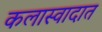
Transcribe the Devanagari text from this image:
कलास्वादात